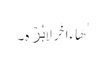
ٰهًا ءَاخَرَ لَا بُرۡهَ۔